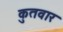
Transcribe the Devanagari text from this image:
कुतवार